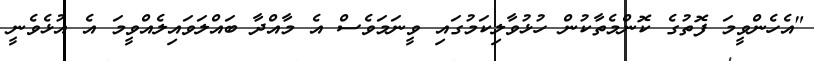
"އެހެންވީމަ ފޮތުގެ ކޮންމެތާކުން ހުޅުވާލިކަމުގައި ވީނަމަވެސް އެ މާއްދާ ބައްލަވައިލެއްވީމަ އެ އުޅެވެނީ